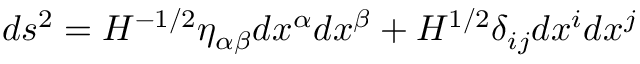
d s ^ { 2 } = H ^ { - 1 / 2 } \eta _ { \alpha \beta } d x ^ { \alpha } d x ^ { \beta } + H ^ { 1 / 2 } \delta _ { i j } d x ^ { i } d x ^ { j }